Vaccination Hyderabad 1890-1903 - 1890-1903
Year: 1890
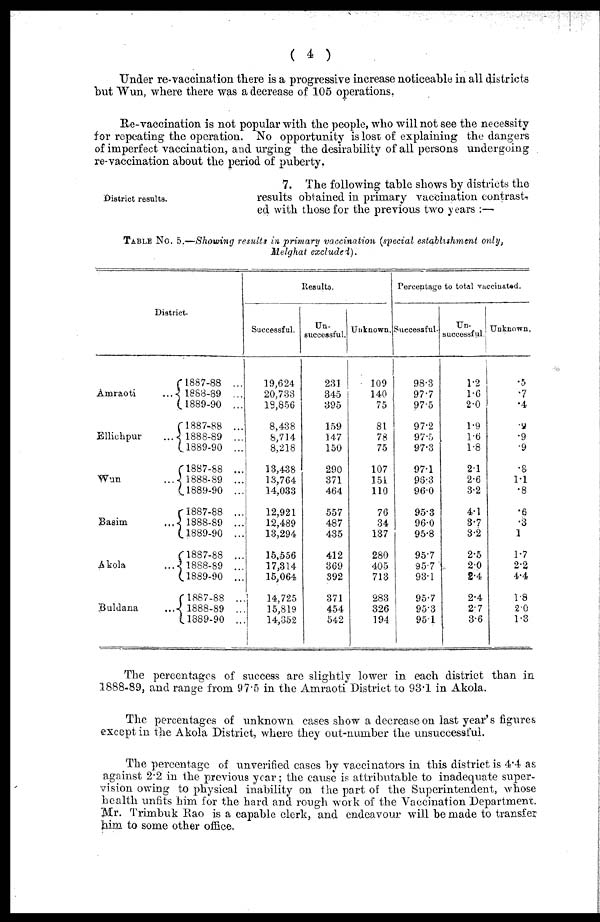
( 4 )
Under re-vaccination there is a progressive increase noticeable in all districts
but Wun, where there was a decrease of 105 operations.
Re-vaccination is not popular with the people, who will not see the necessity
for repeating the operation. No opportunity is lost of explaining the dangers
of imperfect vaccination, and urging the desirability of all persons undergoing
re-vaccination about the period of puberty.
District results.
7. The following table shows by districts the
results obtained in primary vaccination contrast-
ed with those for the previous two years :—
TABLE No. 5.—Shouting results in primary vaccination (special establishment only,
Melghat excluded).
District.
Amraoti ...
Ellichpur ...
Wun ...
Basim ...
Akola ...
Buldana ...
1887-88 ...
1888-89 ...
1889-90 ...
1887-88 ...
1888-89 ...
1889-90 ...
1887-88 ...
1888-89 ...
1889-90 ...
1887-88 ...
1888-89 ...
1889-90 ...
1887-88 ...
1888-89 ...
1889-90 ...
1887-88 ...
1888-89 ...
1889-90 ...
Results.
Successful.
19,624
20,733
18,856
8,438
8,714
8,218
13,438
13,764
14,033
12,921
12,489
13,294
15,556
17,314
15,064
14,725
15,819
14,352
Un-
successful.
231
345
395
159
147
150
290
371
464
557
487
435
412
369
392
371
454
542
Unknown.
109
140
75
81
78
75
107
151
110
76
34
137
280
405
713
283
326
194
Percentage to total vaccinated.
Successful.
98.3
97.7
97.5
97.2
97.5
97.3
97.1
96.3
96.0
95.3
96.0
95.8
95.7
95.7
93.1
95.7
95.3
95.1
Un-
successful.
1.2
1.6
2.0
1.9
1.6
1.8
2.1
2.6
3.2
4.1
3.7
3.2
2.5
2.0
2.4
2.4
2.7
3.6
Unknown.
.5
.7
.4
.9
.9
.9
.8
1.1
.8
.6
.3
1
1.7
2.2
4.4
1.8
2.0
1.3
The percentages of success are slightly lower in each district than in
1888-89, and range from 97.5 in the Amraoti District to 93.1 in Akola.
The percentages of unknown cases show a decrease on last year's figures
except in the Akola District, where they out-number the unsuccessful.
The percentage of unverified cases by vaccinators in this district is 4.4 as
against 2.2 in the previous year; the cause is attributable to inadequate super-
vision owing to physical inability on the part of the Superintendent, whose
health unfits him for the hard and rough work of the Vaccination Department.
Mr. Trimbuk Rao is a capable clerk, and endeavour will be made to transfer
him to some other office.